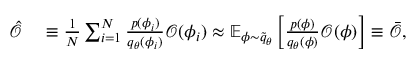
\begin{array} { r l } { \hat { \mathcal { O } } } & { { } \equiv \frac { 1 } { N } \sum _ { i = 1 } ^ { N } \frac { p ( \phi _ { i } ) } { { q } _ { \theta } ( \phi _ { i } ) } \mathcal { O } ( \phi _ { i } ) \approx \mathbb { E } _ { \phi \sim \widetilde { q } _ { \theta } } \left[ \frac { p ( \phi ) } { { q } _ { \theta } ( \phi ) } \mathcal { O } ( \phi ) \right] \equiv \bar { \mathcal { O } } , } \end{array}